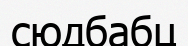
сюдбабц